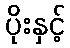
ပိုးနှင့်